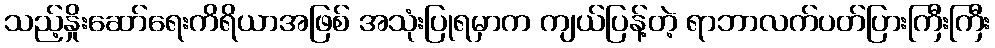
သည့်နှိုးဆော်ရေးကိရိယာအဖြစ် အသုံးပြုရမှာက ကျယ်ပြန့်တဲ့ ရာဘာလက်ပတ်ပြားကြီးကြီး